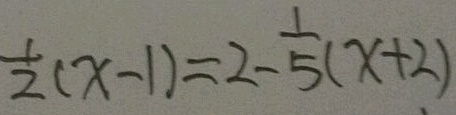
\frac { 1 } { 2 } ( x - 1 ) = 2 - \frac { 1 } { 5 } ( x + 2 )